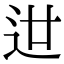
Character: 𨑬